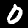
Digit: 0